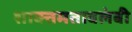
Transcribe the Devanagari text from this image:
शाक्तमतावलंबी